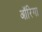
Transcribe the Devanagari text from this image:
ऑरिगा